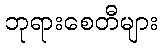
ဘုရားစေတီများ